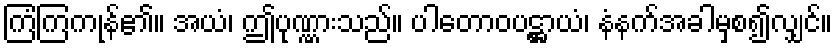
ကြံကြကုန်၏။ အယံ၊ ဤပုဏ္ဏားသည်။ ပါတောဝပဋ္ဌာယံ၊ နံနက်အခါမှစ၍လျှင်။